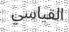
القياسي